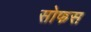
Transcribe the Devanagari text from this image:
सोफस